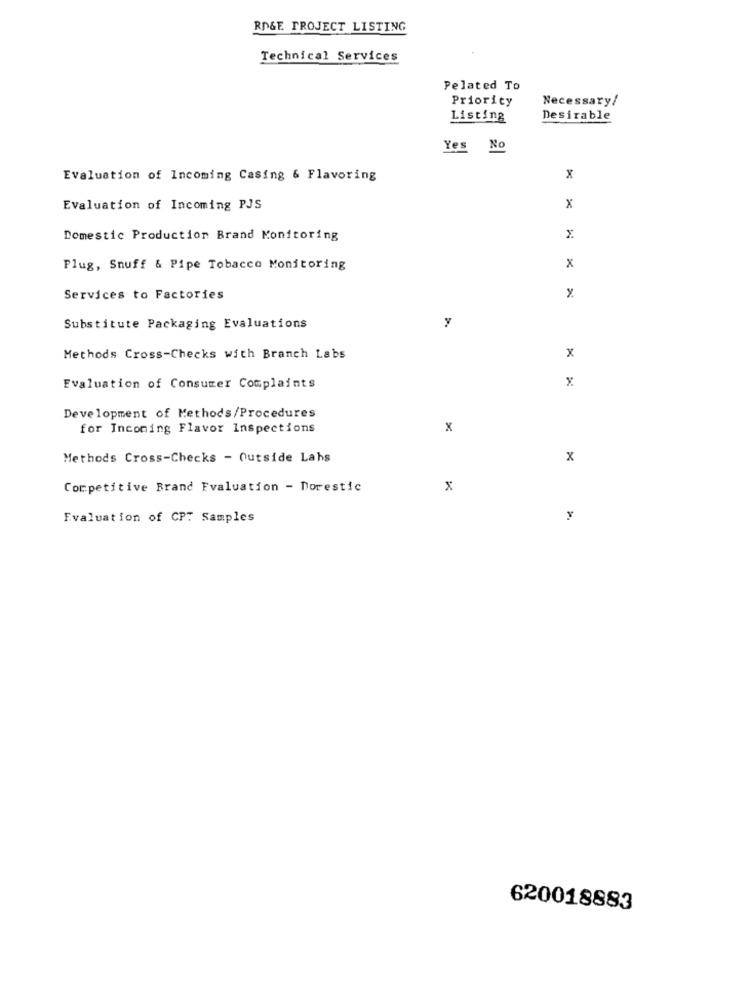
ROGE PROJECT LISTING
Technical Services
Pelated To
Priority
Necessary/
Listing
Desirable
Yes No
Evaluation of Incoming Casing & Flavoring
x
Evaluation of Incoming PJS
x
Domestic Production Brand Monitoring
Plug, Snuff & Pipe Tobacco Monitoring
x
Services to Factories
Substitute Packaging Evaluations
y
Methods Cross-Checks with Branch Labs
x
x
Evaluation of Consumer Complaints
Development of Methods/Procedures
for Incoming Flavor Inspections
x
Methods Cross-Checks - Outside Lahs
x
Competitive Brand Evaluation - Dorestic
x
Evaluation of CPT Samples
620018883